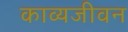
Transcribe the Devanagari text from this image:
काव्यजीवन